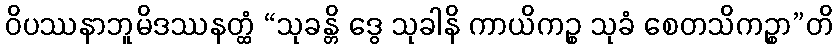
ဝိပဿနာဘူမိဒဿနတ္ထံ “သုခန္တိ ဒွေ သုခါနိ ကာယိကဉ္စ သုခံ စေတသိကဉ္စာ”တိ